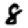
Digit: 8